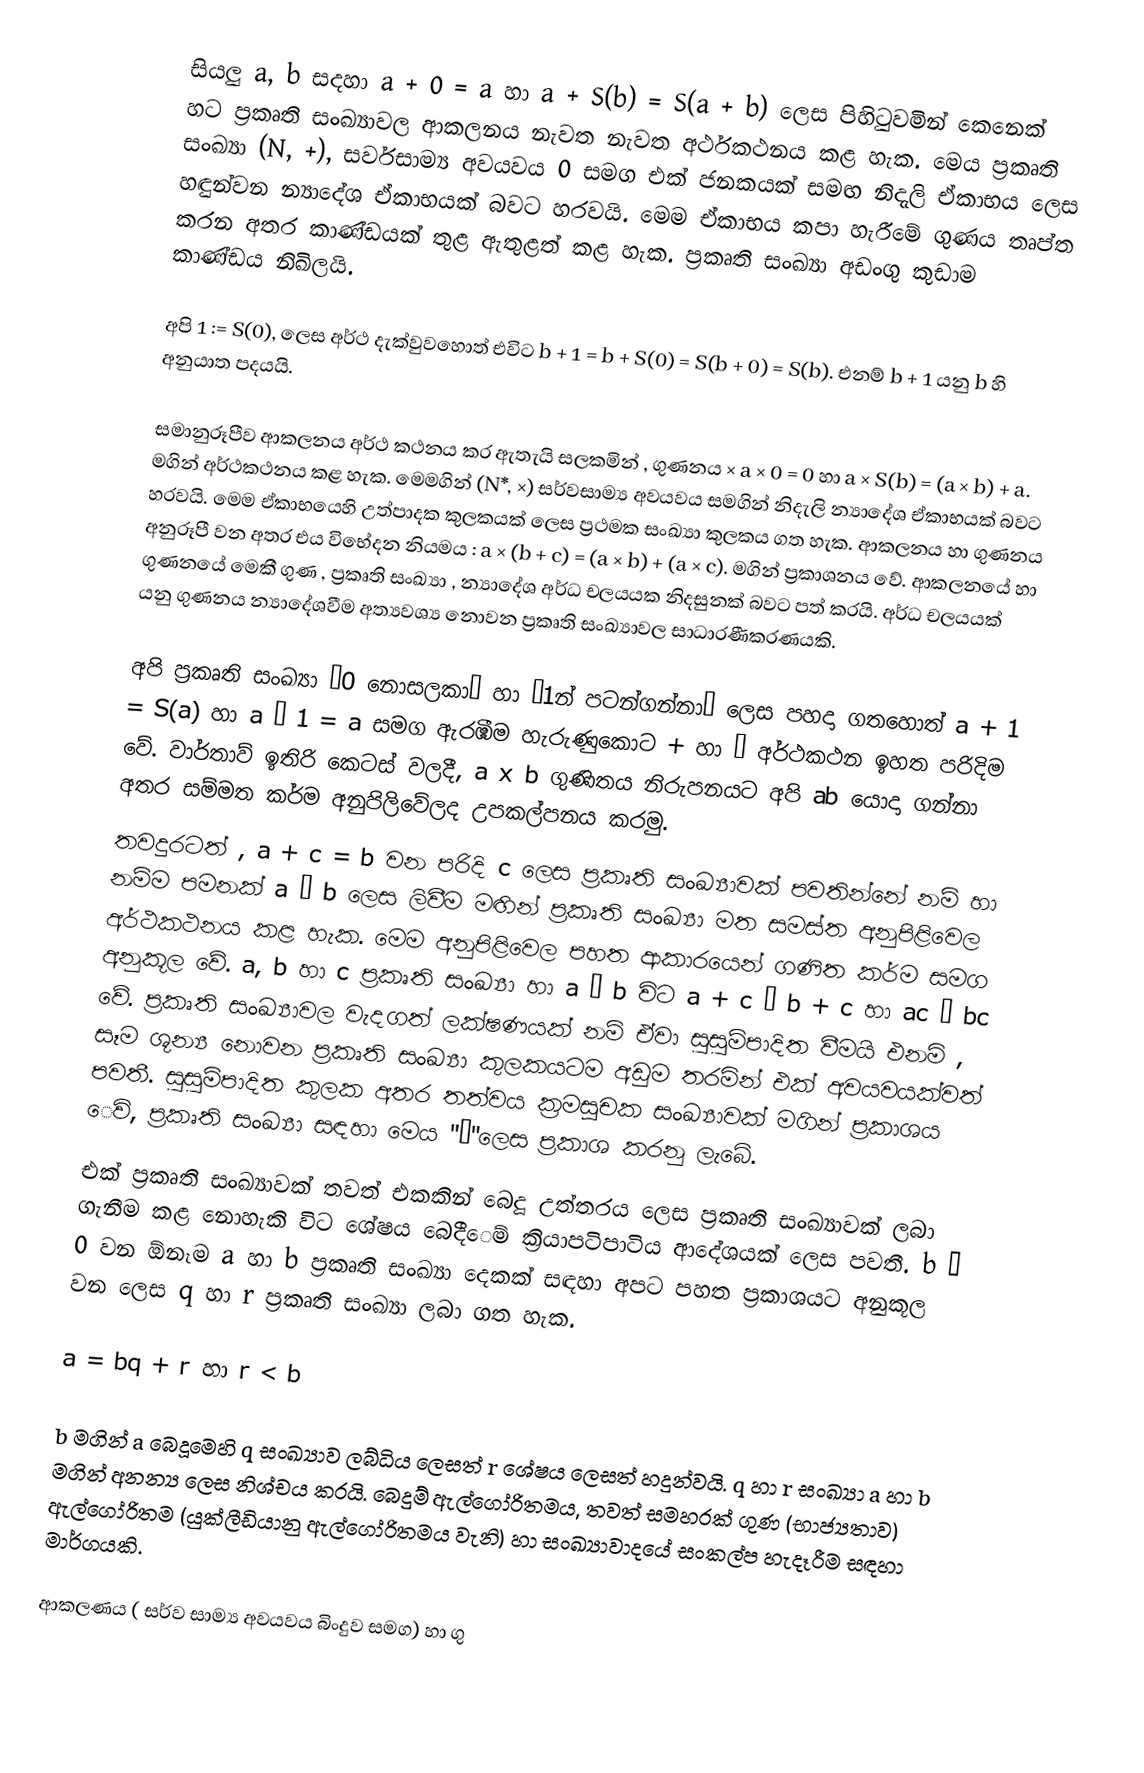
සියලු a, b සදහා a + 0 = a  හා a + S(b) = S(a + b) ලෙස පිහිටුවමින් කෙනෙක් හට ප්‍රකෘති සංඛ්‍යාවල ආකලනය නැවත නැවත අර්ථකථනය කළ හැක. මෙය ප්‍රකෘති සංඛ්‍යා (N, +),  සර්වසාම්‍ය අවයවය 0 සමග එක් ජනකයක් සමඟ නිදැලි ඒකාභය ලෙස හඳුන්වන න්‍යාදේශ ඒකාභයක් බවට හරවයි. මෙම ඒකාභය කපා හැරීමේ ගුණය තෘප්ත කරන අතර කාණ්ඩයක් තුළ ඇතුළත් කළ හැක. ප්‍රකෘති සංඛ්‍යා අඩංගු කුඩාම කාණ්ඩය නිඛිලයි.

අපි 1 := S(0), ලෙස අර්ථ දැක්වුවහොත් එවිට b + 1 = b + S(0) = S(b + 0) = S(b).  එනම්  b + 1 යනු b හි අනුයාත පදයයි.

සමානුරූපීව ආකලනය අර්ථ කථනය කර ඇතැයි සලකමින් , ගුණනය ×  a × 0 = 0 හා a × S(b) = (a × b) + a. මගින් අර්ථකථනය කළ හැක. මෙමගින් (N*, ×) සර්වසාම්‍ය අවයවය  සමගින් නිදැලි න්‍යාදේශ ඒකාභයක් බවට හරවයි. මෙම ඒකාභයෙහි උත්පාදක කුලකයක් ලෙස ප්‍රථමක සංඛ්‍යා කුලකය ගත හැක. ආකලනය හා ගුණනය අනුරූපී ‍වන අතර එය විභේදන නියමය : a × (b + c) = (a × b) + (a × c). මගින් ප්‍රකාශනය වේ. ආකලනයේ හා ගුණනයේ මෙකී ගුණ , ප්‍රකෘති සංඛ්‍යා , න්‍යාදේශ අර්ධ චලයයක නිදසුනක් බවට පත් කරයි. අර්ධ චලයයක් යනු ගුණනය න්‍යාදේශවීම අත්‍යවශ්‍ය නොවන ප්‍රකෘති සංඛ්‍යාවල සාධාරණීකරණයකි.

අපි ප්‍රකෘති සංඛ්‍යා “0 නොසලකා”  හා “1න් පටන්ගන්නා” ලෙස පහදා ‍ගතහොත්  a + 1 = S(a) හා a × 1 = a සමග ඇරඹීම හැරුණුකොට + හා × අර්ථකථන ඉහත පරිදිම වේ. වාර්තාව් ඉතිරි කෙටස් වලදී, a x b ගුණිතය නිරුපනයට අපි ab  යොදා ගන්නා අතර සම්මත කර්ම අනුපිලිවේලද උපකල්පනය කරමු.
තවදුරටත් , a + c = b වන පරිදි c ලෙස ප්‍රකෘති සංඛ්‍යාවක් පවතින්නේ නම් හා නම්ම පමනක්  a ≤ b ලෙස ලිවීම මඟින් ප්‍රකෘති සංඛ්‍යා මත සමස්ත අනුපිළිවෙල අර්ථකථනය කළ හැක. මෙම අනුපිළිවෙල පහත ආකාරයෙන් ගණිත කර්ම සමග අනුකූල‍ වේ. a, b හා  c ප්‍රකෘති සංඛ්‍යා හා a ≤ b විට a + c ≤ b + c  හා ac ≤ bc  වේ. ප්‍රකෘති සංඛ්‍යාවල වැදගත් ලක්ෂණයක් නම් ඒවා සුසුම්පාදිත වීමයි එනමි , සෑම ශූන්‍ය නොවන ප්‍රකෘති සංඛ්‍යා කුලකයටම අඩුම තරමින් එක් අවයවයක්වත් පවතී. සුසුම්පාදිත කුලක අතර තත්වය  ක්‍රමසූචක සංඛ්‍යාවක් මගින් ප්‍රකාශය ‍ෙවි, ප්‍රකෘති සංඛ්‍යා සඳහා මෙය "ω"ලෙස ප්‍රකාශ කරනු ලැබේ.
එක් ප්‍රකෘති සංඛ්‍යාවක් තවත් එකකින් බෙදූ උත්තරය ලෙස ප්‍රකෘති සංඛ්‍යාවක් ලබා ගැනීම කළ නොහැකි විට ශේෂය බෙදී‍ෙම් ක්‍රියාපටිපාටිය  ආදේශයක් ලෙස පවතී. b ≠ 0  වන ඕනෑම a හා  b ප්‍රකෘති සංඛ්‍යා දෙකක් සඳහා අපට පහත ප්‍රකාශයට අනුකූල වන ලෙස q හා r ප්‍රකෘති සංඛ්‍යා ලබා ගත හැක.

a = bq + r හා r < b

b මගින් a බෙදූමෙහි q සංඛ්‍යාව ලබ්ධිය ලෙසත් r  ශේෂය ලෙසත් හදුන්වයි. q හා r  සංඛ්‍යා a හා  b  මගින් අනන්‍ය ලෙස නිශ්චය කරයි. බෙදුම් ඇල්ගෝරිතමය, තවත් සමහරක් ගුණ (භාජ්‍යතාව) ඇල්ගෝරිතම (යුක්ලීඩියානු ඇල්ගෝරිතමය වැනි) හා සංඛ්‍යාවාදයේ සංකල්ප හැදෑරීම සඳහා මාර්ගයකි.

ආකලණය ( සර්ව සාම්‍ය අවයවය බිංදුව සමග) හා ගු